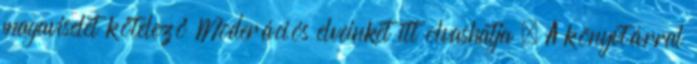
magaviselet kötelező Moderációs elveinket itt olvashatja . A könyvtárral